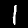
Digit: 1